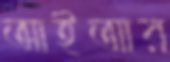
আইআর